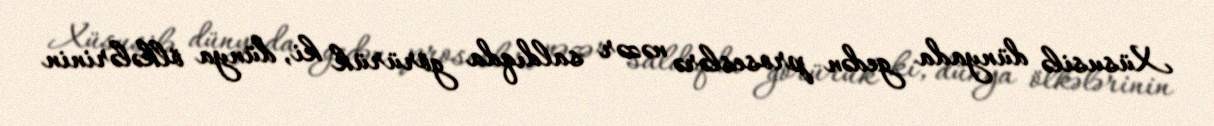
Xüsusilə dünyada gedən proseslərə nəzər saldıqda görürük ki, dünya ölkələrinin